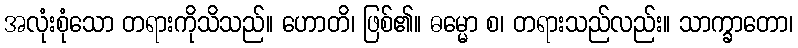
အလုံးစုံသော တရားကိုသိသည်။ ဟောတိ၊ ဖြစ်၏။ ဓမ္မော စ၊ တရားသည်လည်း။ သာက္ခာတော၊